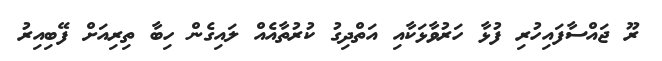
ރޫ ޖައްސާފައިހުރި ފުޅާ ހަރުވާޅަކާއި އަތްދިގު ކުރުތާއެއް ލައިގެން ހިބާ ތިރިއަށް ފޭބިއިރު